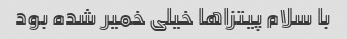
با سلام پیتزاها خیلی خمیر شده بود